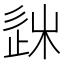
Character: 𨒠